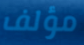
مؤلف